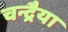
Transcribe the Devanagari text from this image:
चन्द्रैया